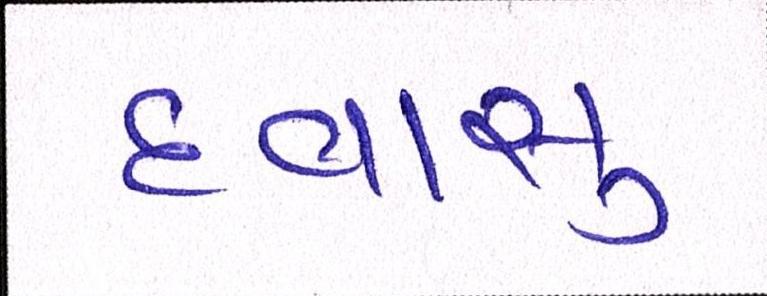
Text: દવાસુ